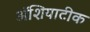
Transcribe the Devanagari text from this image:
ॲशियाटीक